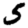
Digit: 5